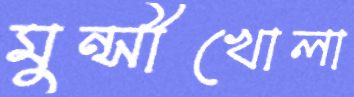
মুন্সীখোলা